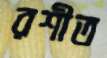
রশীত